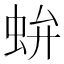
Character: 𧉤